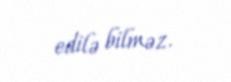
edilə bilməz.